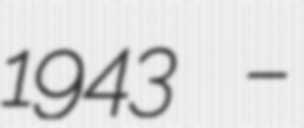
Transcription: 1943 –